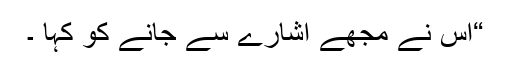
“اس نے مجھے اشارے سے جانے کو کہا ۔